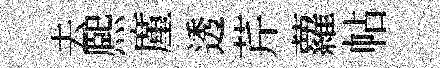
去熈廑透芹蘿帖